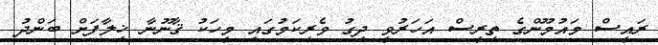
ރައީސް މައުމޫންގެ ތިރީސް އަހަރުވީ ދިގު ވެރިކަމުގައި މީހަކު ޤާނޫނާ ޚިލާފަށް ބަންދު